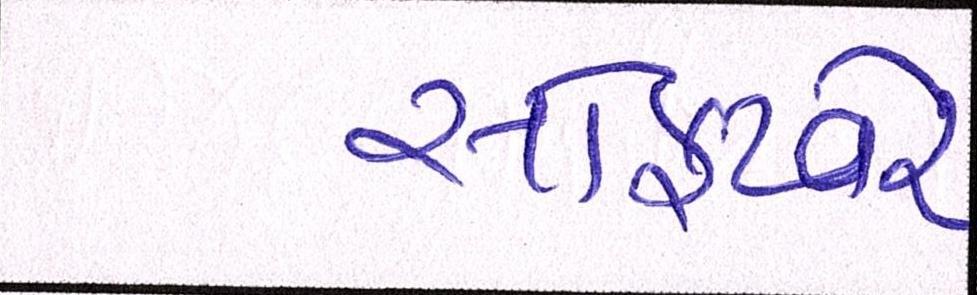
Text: સોફ્ટવેર